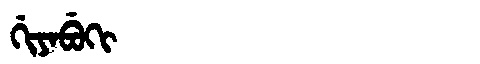
Manchu: ᡤᡳᠶᠠᠪᡠᡴᡳ
Romanization: GIYABUKI